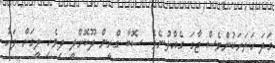
ގަދަ ހަތަރަކުންވެސް ޖާގަ ގެއްލުނެވެ. ސޮބާ ގްރީން ދޫކޮށްލީ ދިވެހި ލީގަށް ފަހު